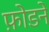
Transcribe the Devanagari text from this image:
फ़ोडने